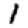
Digit: 1